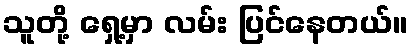
သူတို့ ရှေ့မှာ လမ်း ပြင်နေတယ်။